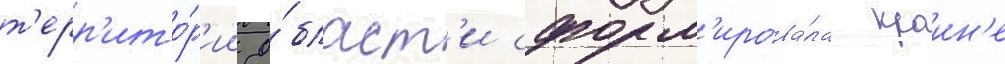
т'ерр'ито́р'ии о́бласт'и сформ'ирова́ла краин'е